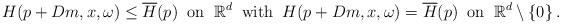
LaTeX: \begin{align*} H(p+Dm,x,\omega)\leq \overline{H}(p)\;\;\textrm{on}\;\;\mathbb{R}^d\;\;\textrm{with}\;\;H(p+Dm,x,\omega)=\overline{H}(p)\;\;\textrm{on}\;\;\mathbb{R}^d\setminus\left\{0\right\}.\end{align*}